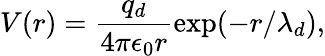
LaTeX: V(r)=\frac{q_{d}}{4\pi\epsilon_{0}r}\exp(-r/\lambda_{d}),